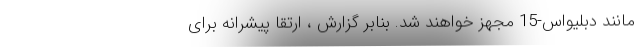
مانند دبلیواس-15 مجهز خواهند شد. بنابر گزارش ، ارتقا پیشرانه برای